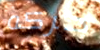
حركه